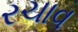
રચાવ